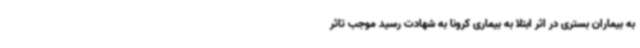
به بیماران بستری در اثر ابتلا به بیماری کرونا به شهادت رسید موجب تاثر